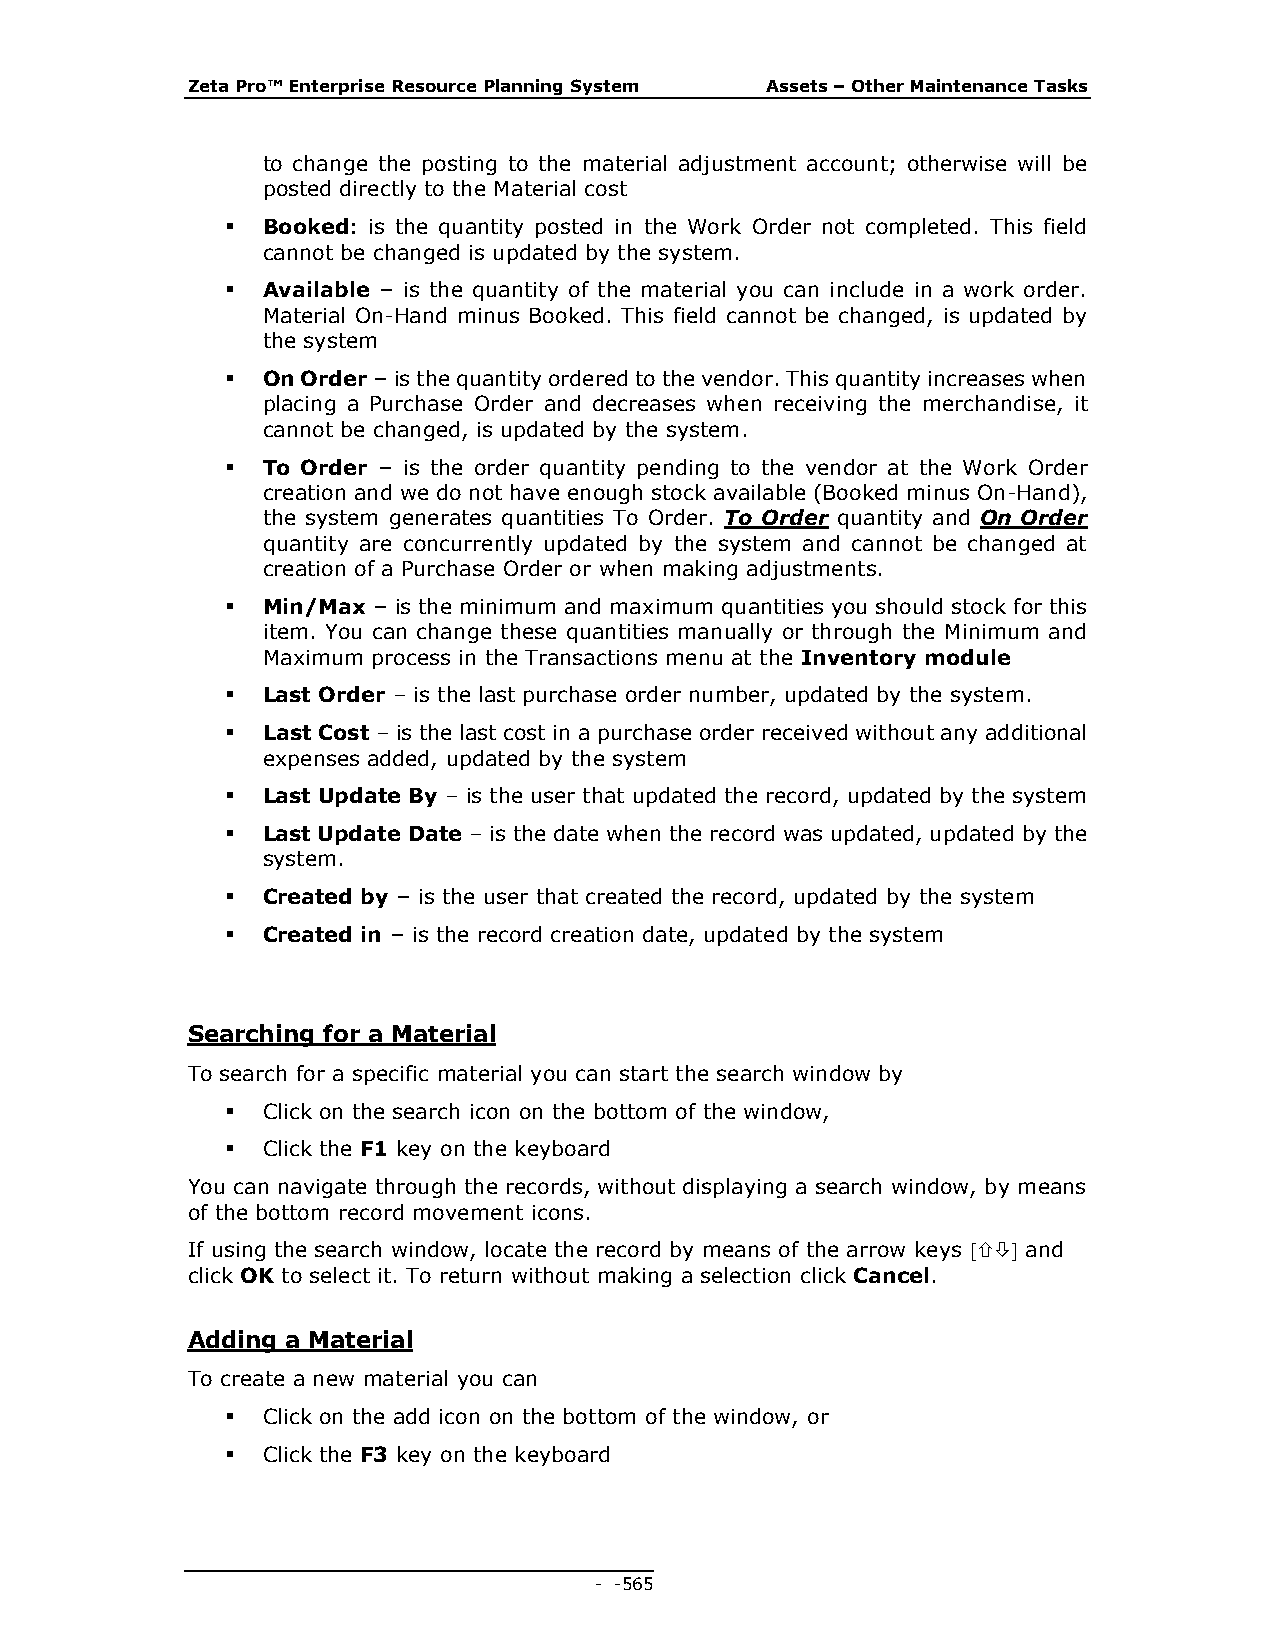
Zeta Pro™ Enterprise Resource Planning System Assets – Other Maintenance Tasks
 to change the posting to the material adjustment account; otherwise will be
 posted directly to the Material cost
  Booked: is the quantity posted in the Work Order not completed. This field
 cannot be changed is updated by the system.
  Available – is the quantity of the material you can include in a work order.
 Material On-Hand minus Booked. This field cannot be changed, is updated by
 the system
  On Order – is the quantity ordered to the vendor. This quantity increases when
 placing a Purchase Order and decreases when receiving the merchandise, it
 cannot be changed, is updated by the system.
  To Order – is the order quantity pending to the vendor at the Work Order
 creation and we do not have enough stock available (Booked minus On-Hand),
 the system generates quantities To Order. To Order quantity and On Order
 quantity are concurrently updated by the system and cannot be changed at
 creation of a Purchase Order or when making adjustments.
  Min/Max – is the minimum and maximum quantities you should stock for this
 item. You can change these quantities manually or through the Minimum and
 Maximum process in the Transactions menu at the Inventory module
  Last Order – is the last purchase order number, updated by the system.
  Last Cost – is the last cost in a purchase order received without any additional
 expenses added, updated by the system
  Last Update By – is the user that updated the record, updated by the system
  Last Update Date – is the date when the record was updated, updated by the
 system.
  Created by – is the user that created the record, updated by the system
  Created in – is the record creation date, updated by the system
 Searching for a Material
 To search for a specific material you can start the search window by
  Click on the search icon on the bottom of the window,
  Click the F1 key on the keyboard
 You can navigate through the records, without displaying a search window, by means
 of the bottom record movement icons.
 If using the search window, locate the record by means of the arrow keys  and
 click OK to select it. To return without making a selection click Cancel.
 Adding a Material
 To create a new material you can
  Click on the add icon on the bottom of the window, or
  Click the F3 key on the keyboard
 - - 565